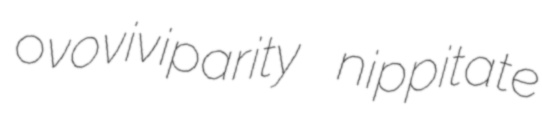
ovoviviparity nippitate